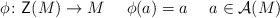
LaTeX: \begin{align*}\phi \colon \mathsf{Z}(M) \to M \ \ \ \ \phi(a) = a \ \ \ \ a \in \mathcal{A}(M)\end{align*}